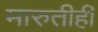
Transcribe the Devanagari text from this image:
मारुतीही